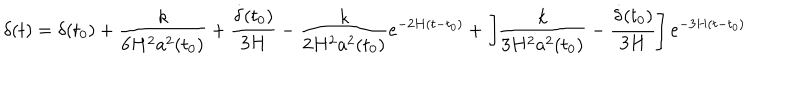
\delta ( t ) = \delta ( t _ { 0 } ) + \frac { k } { 6 H ^ { 2 } a ^ { 2 } ( t _ { 0 } ) } + \frac { \dot { \delta } ( t _ { 0 } ) } { 3 H } - \frac { k } { 2 H ^ { 2 } a ^ { 2 } ( t _ { 0 } ) } e ^ { - 2 H ( t - t _ { 0 } ) } + \left[ \frac { k } { 3 H ^ { 2 } a ^ { 2 } ( t _ { 0 } ) } - \frac { \dot { \delta } ( t _ { 0 } ) } { 3 H } \right] e ^ { - 3 H ( t - t _ { 0 } ) }